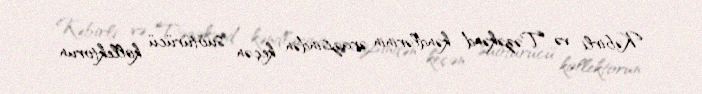
Kəbirli və Təzəkənd kəndlərinin ərazisindən keçən suötürücü kollektorun